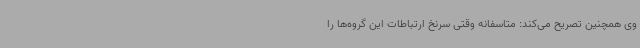
وی همچنین تصریح می‌کند: متاسفانه وقتی سرنخ ارتباطات این گروه‌ها را